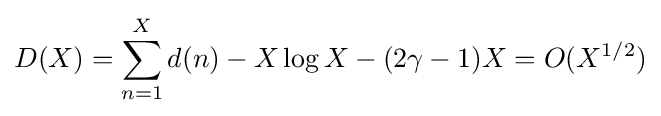
D(X)=\sum _{n=1}^{X}d(n)-X\log X-(2\gamma -1)X=O(X^{1/2})